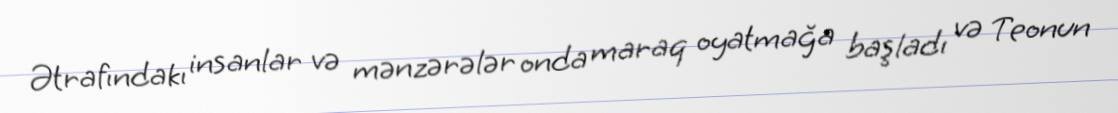
Ətrafındakı insanlar və mənzərələr onda maraq oyatmağa başladı və Teonun